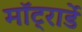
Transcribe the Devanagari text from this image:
मॉट्रार्डे